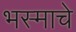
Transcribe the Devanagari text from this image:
भस्माचे